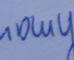
Signature authenticity: genuine